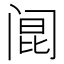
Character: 𰿲